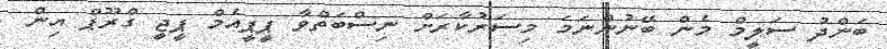
ބަންދު ސަލީމް މެން ބޭނުންނަމަ މިސަރުކާރަށް ނިސްބަތްވާ ޕީޕީއެމް ޕީޖީ ގްރޫޕް އިން